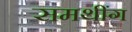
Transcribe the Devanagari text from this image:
समथींग